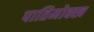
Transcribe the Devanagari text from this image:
पातिमोक्ख